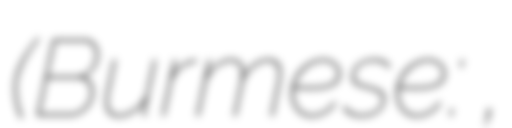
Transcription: (Burmese: ဗဒလင်းဂူ,